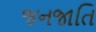
જનજાતિ